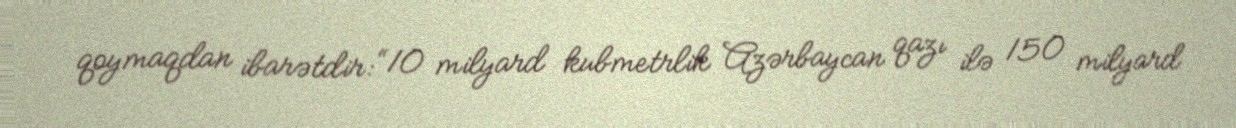
qoymaqdan ibarətdir: “10 milyard kubmetrlik Azərbaycan qazı ilə 150 milyard